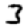
Digit: 3